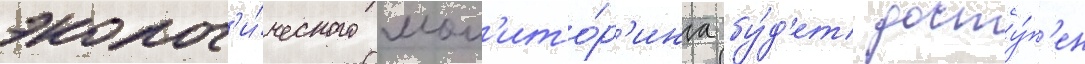
эколог'и́ческого мон'ито́р'инга бу́д'ет досту́п'ен